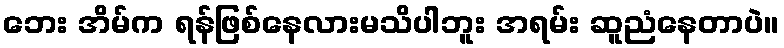
ဘေး အိမ်က ရန်ဖြစ်နေလားမသိပါဘူး အရမ်း ဆူညံနေတာပဲ။